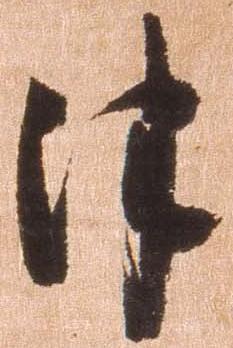
津